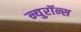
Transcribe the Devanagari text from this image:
न्युरॉन्स